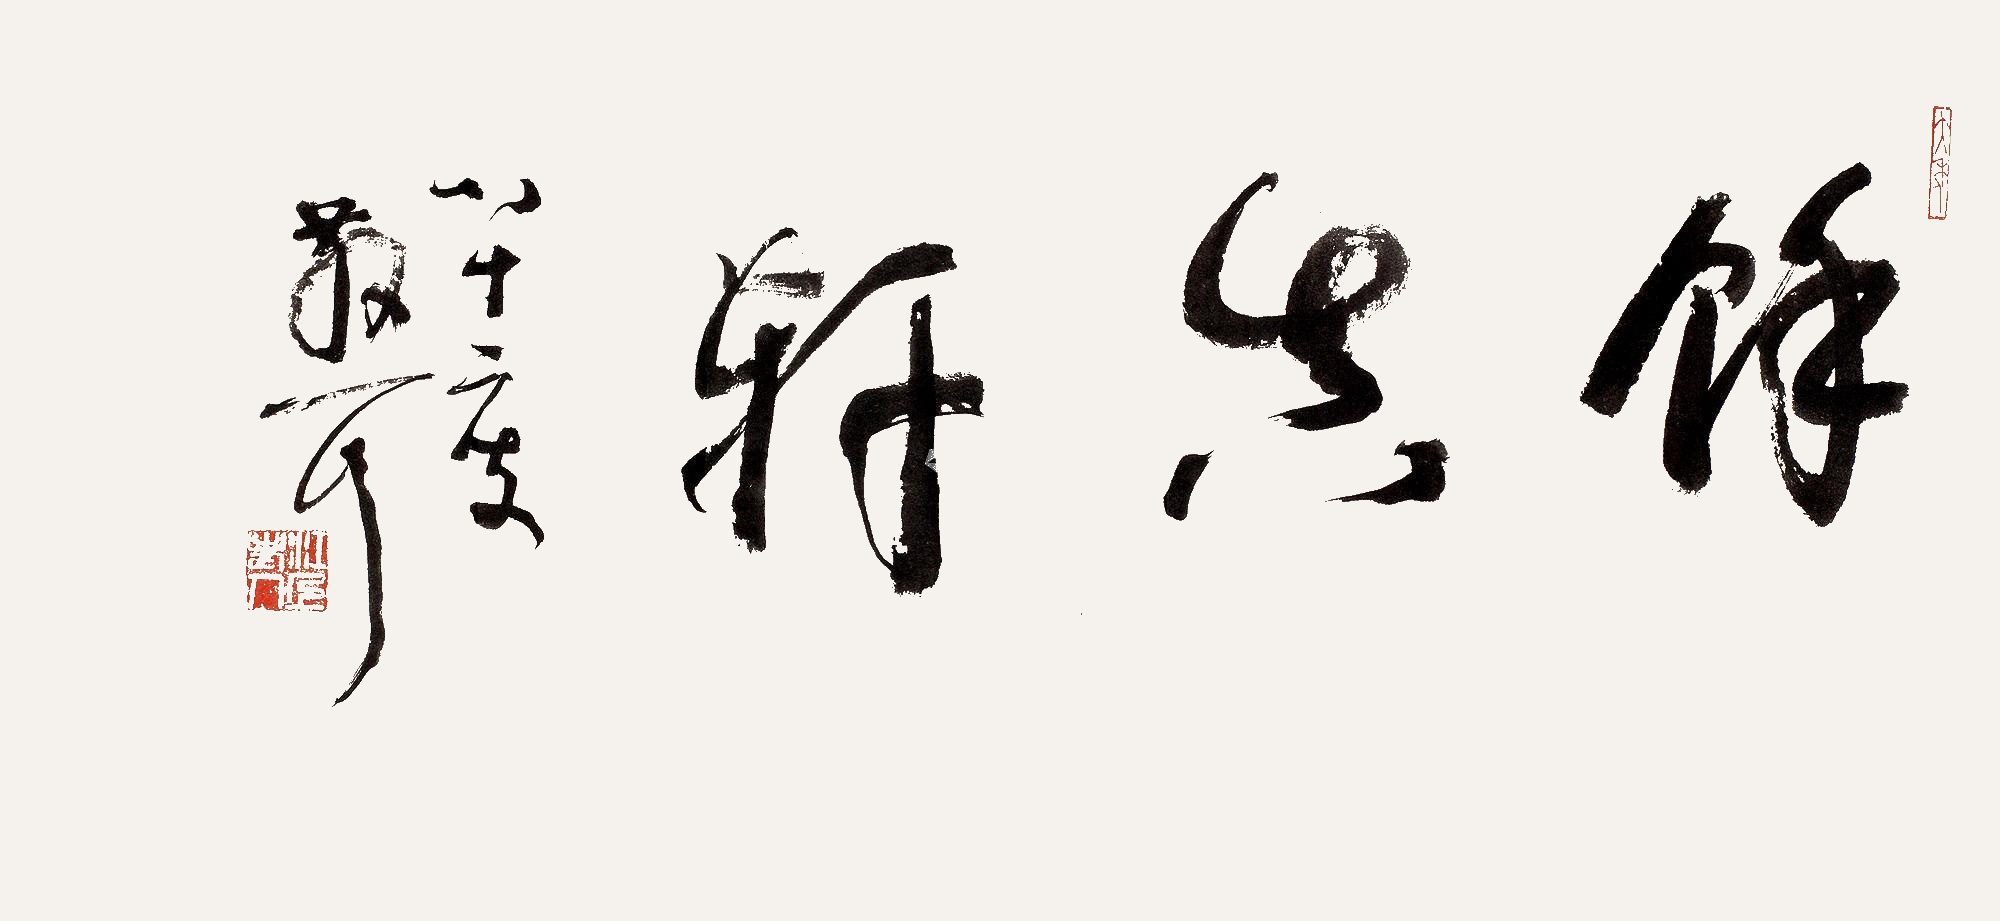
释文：余真轩。八十二叟，散耳。